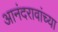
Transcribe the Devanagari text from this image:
आनंदरावांच्या